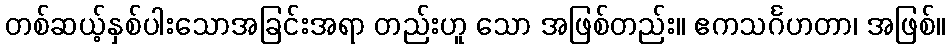
တစ်ဆယ့်နှစ်ပါးသောအခြင်းအရာ တည်းဟူ သော အဖြစ်တည်း။ ဧကသင်္ဂဟတာ၊ အဖြစ်။